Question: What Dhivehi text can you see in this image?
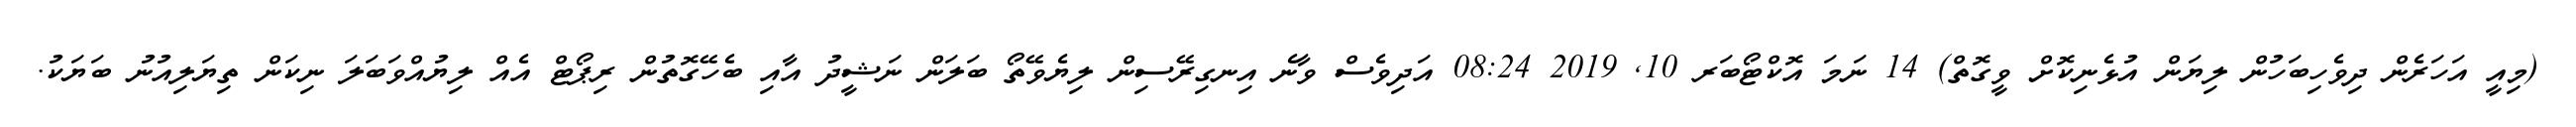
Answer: (މިއީ އަހަރެން ދިވެހިބަހުން ލިޔަން އުޅެނިކޮށް ވީގޮތް) 14 ނަމަ އޮކްޓޯބަރ 10, 2019 08:24 އަދިވެސް ވާނެ އިނގިރޭސިން ލިޔެވޭތޯ ބަލަން ނަޝީދު އާއި ބެހޭގޮތުން ރިޕޯޓް އެއް ލިޔުއްވަބަލަ ނިކަން ތިޔަލިއުނު ބަޔަކު.